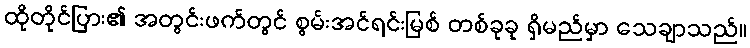
ထိုတိုင်ပြား၏ အတွင်းဖက်တွင် စွမ်းအင်ရင်းမြစ် တစ်ခုခု ရှိမည်မှာ သေချာသည်။